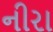
નીરા